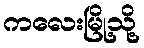
ကလေးမြို့သို့